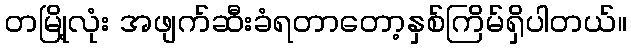
တမြို့လုံး အဖျက်ဆီးခံရတာတော့နှစ်ကြိမ်ရှိပါတယ်။